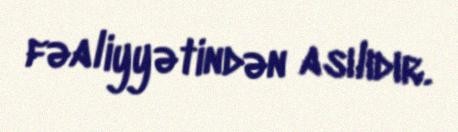
fəaliyyətindən asılıdır.